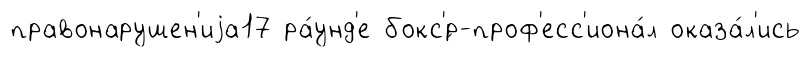
правонарушен'иjа17 ра́унд'е бокс'́р-проф'есс'иона́л оказа́л'ись